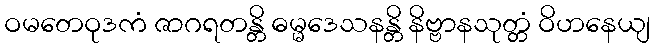
ဝမတေဝုဒကံ ဇာဂရတန္တိ ဓမ္မဒေသနန္တိ နိဗ္ဗာနသုတ္တံ ဝိဟနေယျ